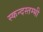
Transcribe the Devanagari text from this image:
स्कन्दस्तम्भी